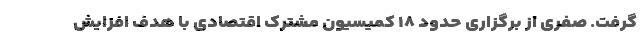
گرفت. صفری از برگزاری حدود ۱۸ کمیسیون مشترک اقتصادی با هدف افزایش